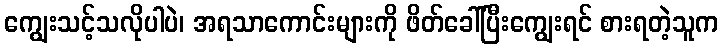
ကျွေးသင့်သလိုပါပဲ၊ အရသာကောင်းများကို ဖိတ်ခေါ်ပြီးကျွေးရင် စားရတဲ့သူက